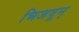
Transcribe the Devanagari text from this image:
भिजवून्